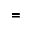
=